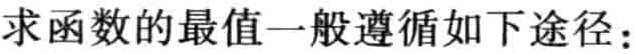
求函数的最值一般遵循如下途径：